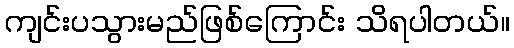
ကျင်းပသွားမည်ဖြစ်ကြောင်း သိရပါတယ်။